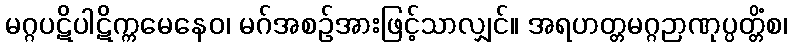
မဂ္ဂပဋိပါဋိက္ကမေနေဝ၊ မဂ်အစဉ်အားဖြင့်သာလျှင်။ အရဟတ္တမဂ္ဂဉာဏုပ္ပတ္တိံစ၊